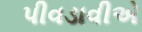
પીવડાવીએ